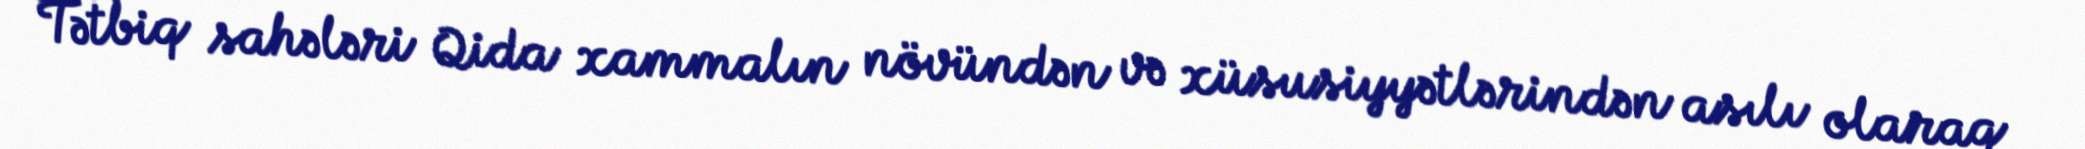
Tətbiq sahələri Qida xammalın növündən və xüsusiyyətlərindən asılı olaraq